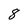
Character: 8